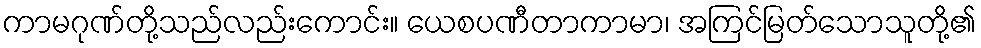
ကာမဂုဏ်တို့သည်လည်းကောင်း။ ယေစပဏီတာကာမာ၊ အကြင်မြတ်သောသူတို့၏